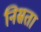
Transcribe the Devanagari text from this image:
निस्रता